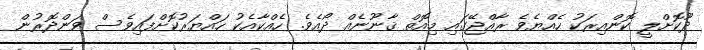
ދޫކޮށްލީ ކޮންއިރަކު ހެއްޔެވެ ރާއްޖޭގައި މިއޮތް ޤާނޫނެއް ދޯއެވެ. ހެއްކާއެކު ހައްޔަރުކޮށްފައިވެސް ވަންދޮރުން